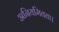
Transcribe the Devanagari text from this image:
अनियमितता।